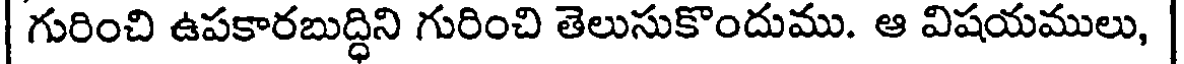
| గురించి ఉపకారబుద్ధిని గురించి తెలుసుకొందుము. ఆ విషయములు, |